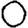
Digit: 0